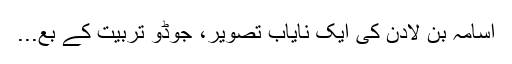
اسامہ بن لادن کی ایک نایاب تصویر، جوڈو تربیت کے بع...